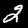
Digit: 2